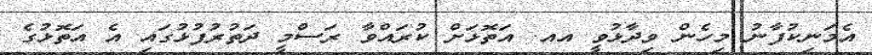
އެމަނިކުފާނު މިހެން ވިދާޅުވީ އއ. އަތޮޅަށް ކުރައްވާ ރަސްމީ ދަތުރުފުޅުގައި އެ އަތޮޅުގެ